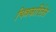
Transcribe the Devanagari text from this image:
चित्रकारितेत